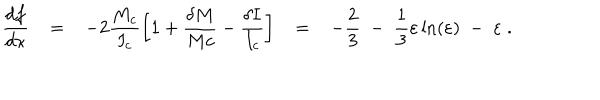
\frac { d f } { d \kappa } = - 2 \frac { M _ { c } } { I _ { c } } \left[ 1 + \frac { \delta M } { M c } - \frac { \delta I } { I _ { c } } \right] = - \frac { 2 } { 3 } \; - \; \frac { 1 } { 3 } \varepsilon \ln ( \varepsilon ) \; - \; \varepsilon \; .